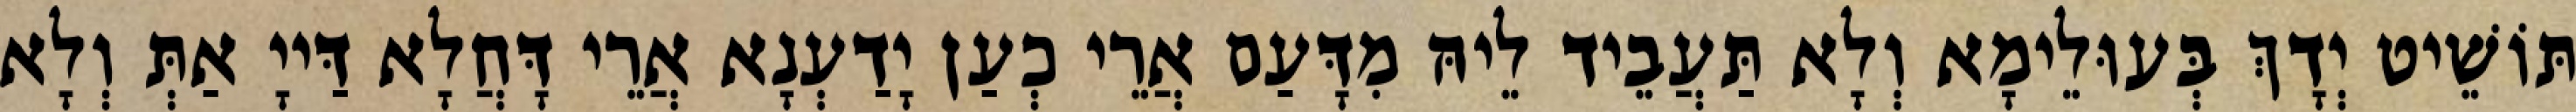
תּוֹשֵׁיט יְדָךְ בְּעוּלֵימָא וְלָא תַּעֲבֵיד לֵיהּ מִדָּעַם אֲרֵי כְעַן יָדַעְנָא אֲרֵי דָּחֲלָא דַּייָ אַתְּ וְלָא